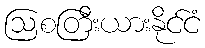
ဩစတြီးယားနိုင်ငံ